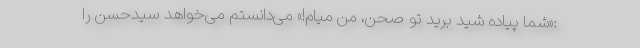
:«شما پیاده شید برید تو صحن، من میام!» می‌دانستم می‌خواهد سیدحسن را